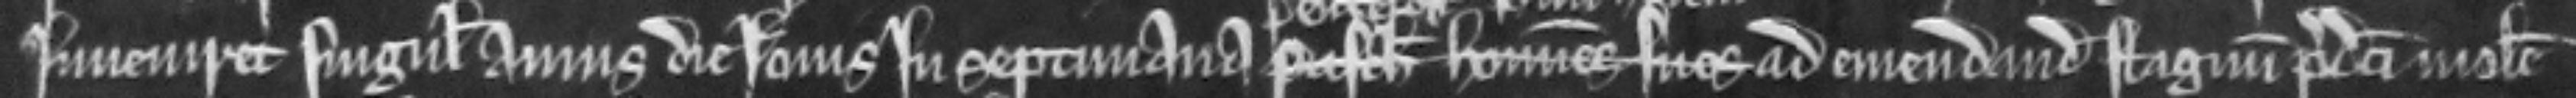
inveniret singulis annis die jovis in septimana Pasche homines suos ad emendandum stagnum predicti molen